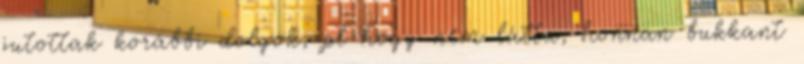
jutottak korábbi dolgok, pl hogy nem látta, honnan bukkant